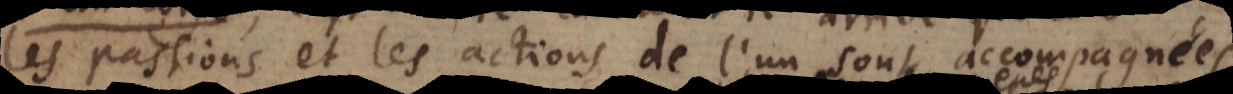
les passions et les actions de l’un sont accompagnées